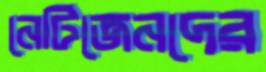
নেটিজেনদের